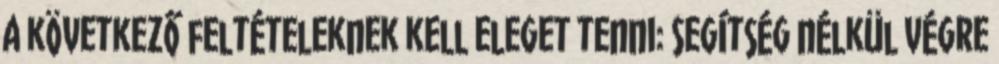
a következő feltételeknek kell eleget tenni: Segítség nélkül végre